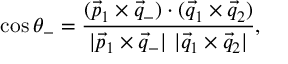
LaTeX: \cos \theta _ { - } = { \frac { ( \vec { p } _ { 1 } \times \vec { q } _ { - } ) \cdot ( \vec { q } _ { 1 } \times \vec { q } _ { 2 } ) } { | \vec { p } _ { 1 } \times \vec { q } _ { - } | \ | \vec { q } _ { 1 } \times \vec { q } _ { 2 } | } } ,